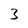
Character: 3